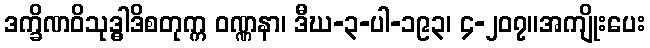
ဒက္ခိဏဝိသုဒ္ဓါဒိစတုက္က ဝဏ္ဏနာ၊ ဒီဃ-၃-ပါ-၁၉၃၊ ၄-၂၀၇။အကျိုးပေး